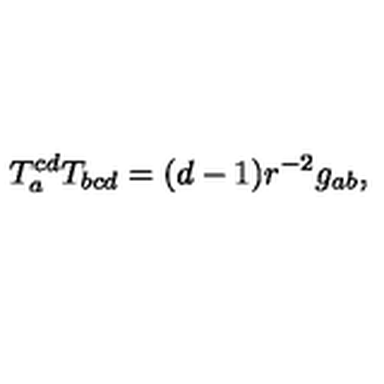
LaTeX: T _ { a } ^ { c d } T _ { b c d } = ( d - 1 ) r ^ { - 2 } g _ { a b } ,